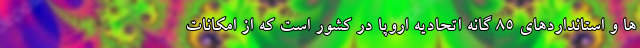
ها و استانداردهای 85 گانه اتحادیه اروپا در کشور است که از امکانات